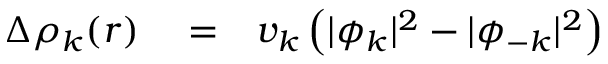
\begin{array} { r l r } { \Delta \rho _ { k } ( r ) } & { { } = } & { v _ { k } \left( | \phi _ { k } | ^ { 2 } - | \phi _ { - k } | ^ { 2 } \right) } \end{array}